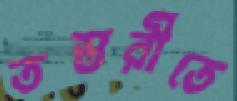
তস্তরীতে